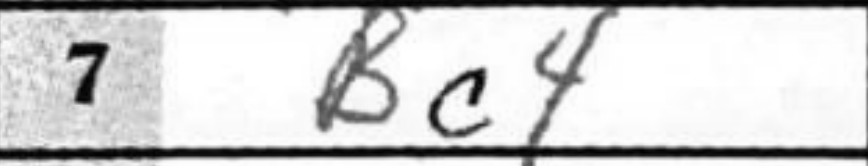
Transcription: Bc4